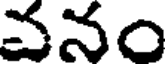
వనం